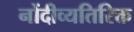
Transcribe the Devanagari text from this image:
नोंदीव्यतिरिक्त